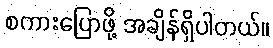
စကားပြောဖို့ အချိန်ရှိပါတယ်။